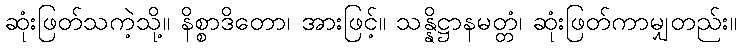
ဆုံးဖြတ်သကဲ့သို့။ နိစ္စာဒိတော၊ အားဖြင့်။ သန္နိဋ္ဌာနမတ္တံ၊ ဆုံးဖြတ်ကာမျှတည်း။